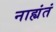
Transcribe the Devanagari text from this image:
नाह्यंतं